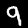
Digit: 9